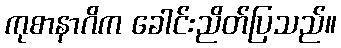
ကုစာနာဂိက ခေါင်းညိတ်ပြသည်။